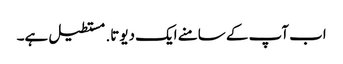
اب آپ کے سامنے ایک دیوتا. مستطیل ہے۔